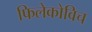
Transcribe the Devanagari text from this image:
फिलेकोविच